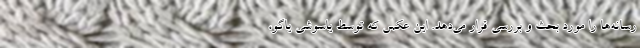
رسانه‌ها را مورد بحث و بررسی قرار می‌دهد. این عکس که توسط یاسوشی یاگو،